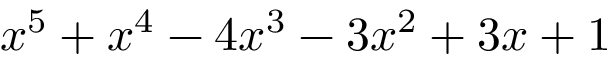
x ^ { 5 } + x ^ { 4 } - 4 x ^ { 3 } - 3 x ^ { 2 } + 3 x + 1